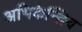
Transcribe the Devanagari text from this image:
अभिकेन्द्रिय